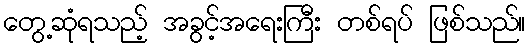
တွေ့ဆုံရသည့် အခွင့်အရေးကြီး တစ်ရပ် ဖြစ်သည်။